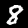
Digit: 8